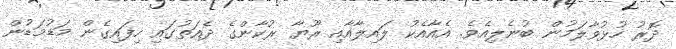
ދޮރު ހުޅުވާލަމުން ބުނެލިއެވެ. އެއާއެކު ލައިލާއާއި ރޫޔާ ރުކާންގެ ދެއަތުގައި ހިފައިގެން މަޑުމަޑުން